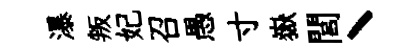
瀑叛妃召愚寸嶽閭丶